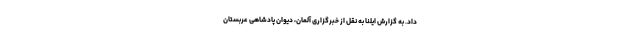
داد. به گزارش ایلنا به نقل از خبرگزاری آلمان، دیوان پادشاهی عربستان